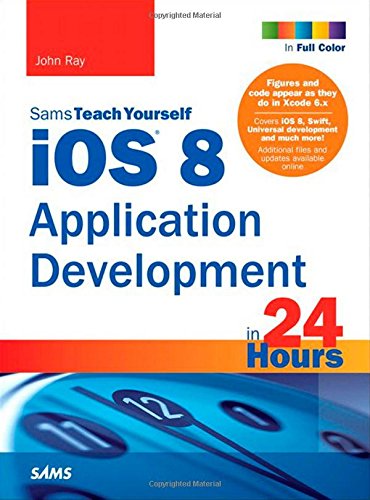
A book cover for iOS 8 Application Development in 24 Hours, Sams Teach Yourself (6th Edition); John Ray; Computers & Technology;